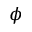
\phi